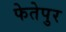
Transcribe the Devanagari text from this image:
फेतेपुर